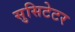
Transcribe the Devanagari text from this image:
सुसिटेटर